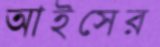
আইসের